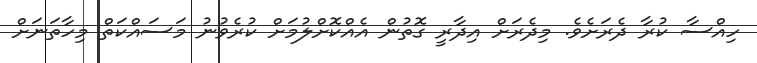
ހިއްސާ ކުރާ ދެރަށެވެ. މިދެރަށް އިދާރީ ގޮތުން އެއްކޮށްލުމަށް ކުރެވުނު މަސައްކަތް މިހާތަނަށް